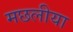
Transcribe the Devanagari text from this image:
मछलीया